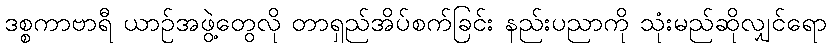
ဒစ္စကာဗာရီ ယာဉ်အဖွဲ့တွေလို တာရှည်အိပ်စက်ခြင်း နည်းပညာကို သုံးမည်ဆိုလျှင်ရော